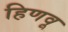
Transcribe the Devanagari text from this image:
हिणवू